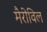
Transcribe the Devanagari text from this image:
मैरीविल